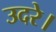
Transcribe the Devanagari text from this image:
उदरे।